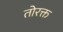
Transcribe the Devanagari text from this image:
तोरक्त